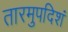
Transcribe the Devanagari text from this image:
तारमुपदिशं